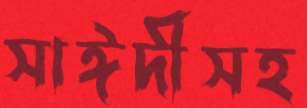
সাঈদীসহ